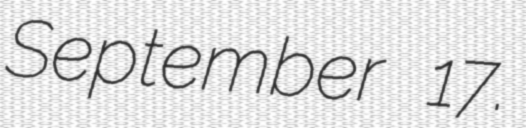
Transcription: September 17.